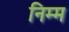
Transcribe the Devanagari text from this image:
निम्‍म